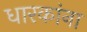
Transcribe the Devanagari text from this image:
धारकांना